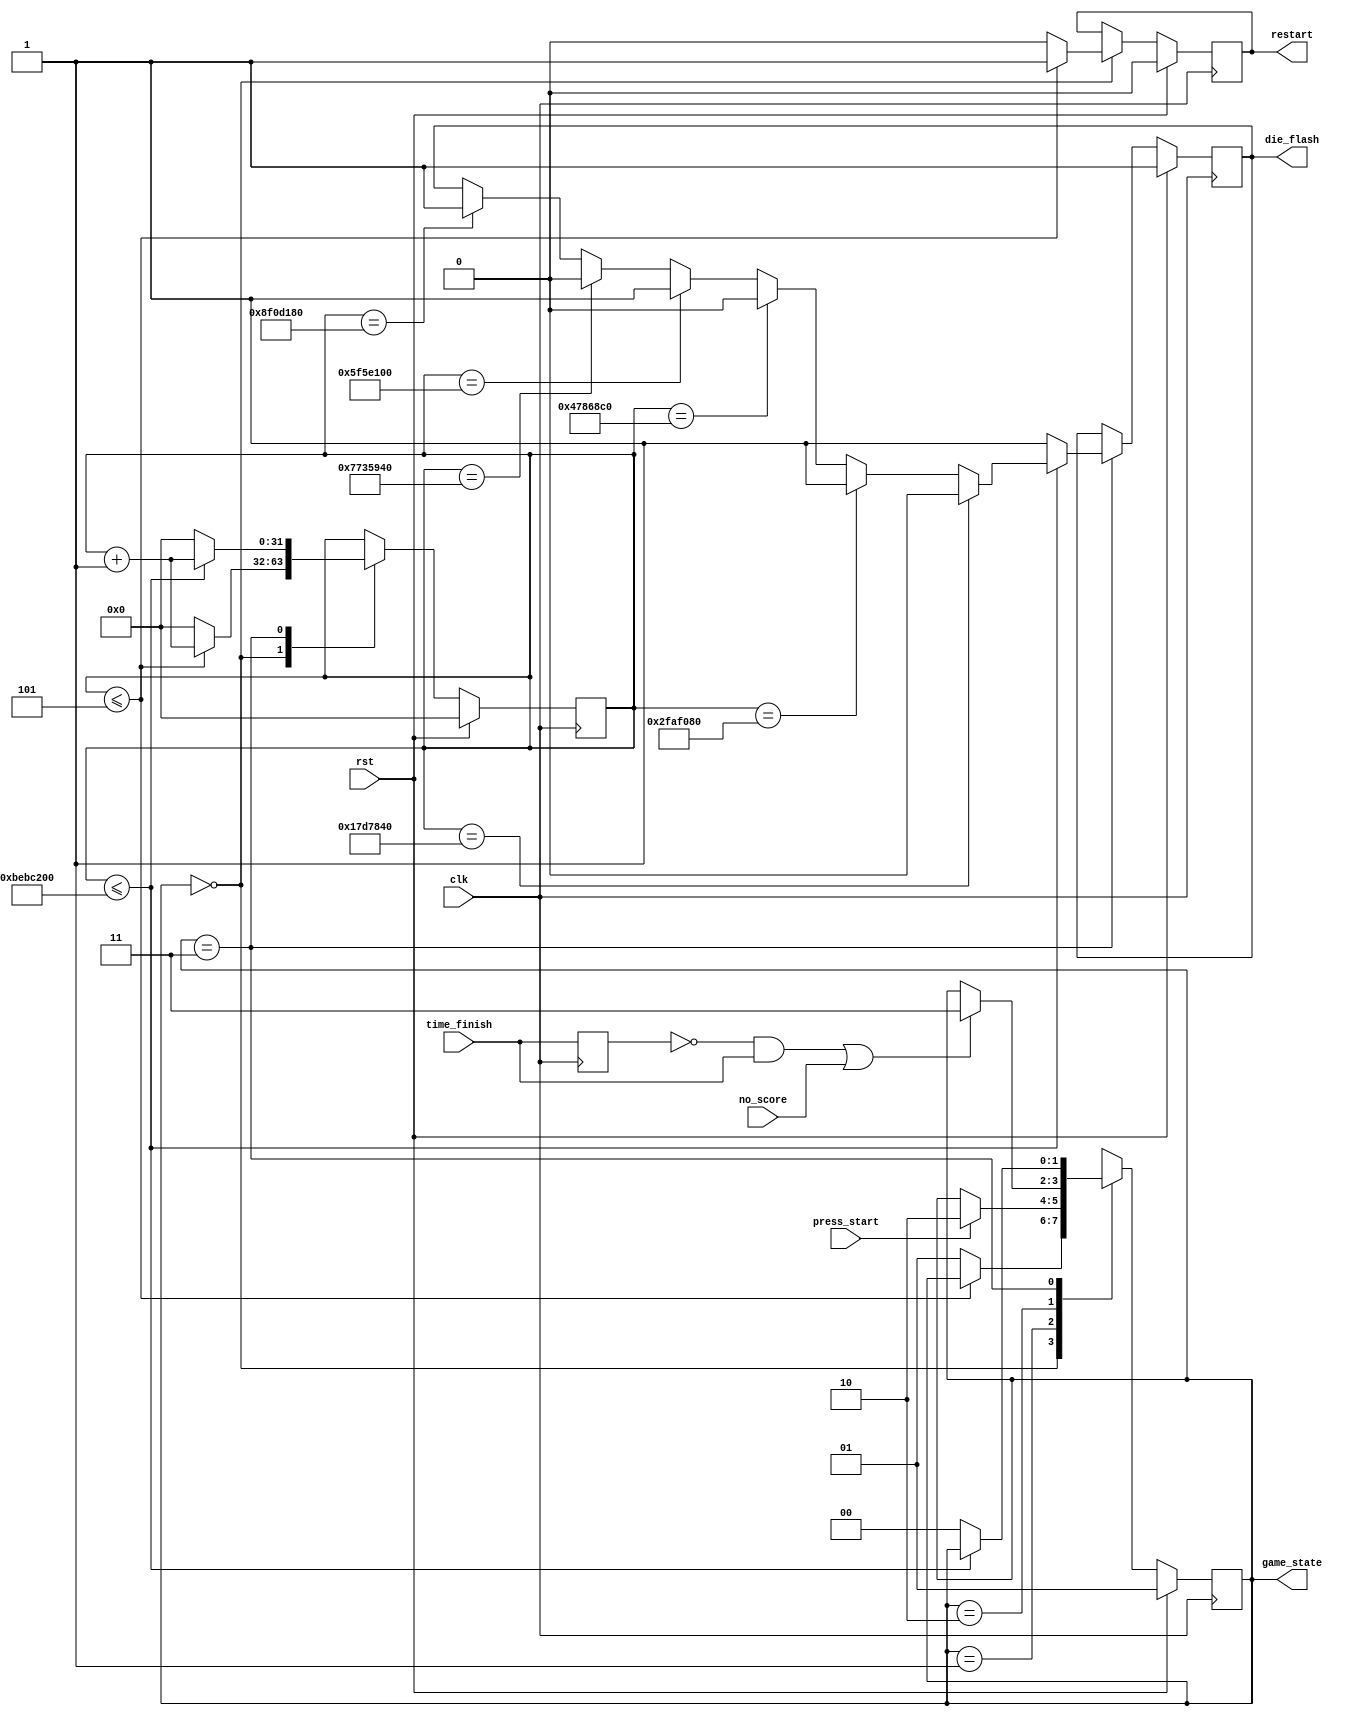
`timescale 1ns / 1ps
//////////////////////////////////////////////////////////////////////////////////
// Company: 
// Engineer: 
// 
// Design Name: 
// Module Name: State_control
// Project Name: 
// Target Devices: 
// Tool Versions: 
// Description: 
// 
// Dependencies: 
// 
// Revision:
// Revision 0.01 - File Created
// Additional Comments:
// 
//////////////////////////////////////////////////////////////////////////////////


module State_control(
    input clk,
    input rst,
    input press_start,
    input time_finish,
    input no_score,
    output reg [1:0] game_state,
    output reg die_flash,
    output reg restart
    );
    parameter RESTART = 2'b00;
    parameter START = 2'b01;
    parameter PLAY = 2'b10;
    parameter DIE = 2'b11;
    
    parameter time_flash = 200_000_000; //200_000_000 
    parameter flash_1 = 25_000_000;     //25_000_000
    parameter flash_2 = 50_000_000;     //50_000_000
    parameter flash_3 = 75_000_000;     //75_000_000
    parameter flash_4 = 100_000_000;    //100_000_000
    parameter flash_5 = 125_000_000;    //125_000_000
    parameter flash_6 = 150_000_000;    //150_000_000
    
    reg time_finish_lock;
    always @ (posedge clk)
        time_finish_lock <= time_finish;
    assign no_time = ~time_finish_lock & time_finish;
    
    reg[31:0] clk_cnt;
    always @ (posedge clk)
    begin
        if (rst)
            begin
            game_state <= START;
            clk_cnt <= 0;
            die_flash <= 1;
            restart <= 0;            
            end
        else
            begin
            case (game_state)
                RESTART:
                    begin
                    if (clk_cnt <= 5) //
                        begin
                        game_state <= game_state;
                        clk_cnt <= clk_cnt + 1;
                        restart <= 1;
                        end
                    else 
                        begin
                        game_state <= START;
                        clk_cnt <= 0;
                        restart <= 0;
                        end
                    end
                START:
                    begin
                    if (press_start)
                        game_state <= PLAY;
                    else
                        game_state <= game_state;
                    end
                PLAY:
                    begin
                    if (no_time | no_score)
                        game_state <= DIE;
                    else
                        game_state <= game_state;
                    end
                DIE:
                    begin
                    if (clk_cnt <= time_flash) //
                        begin
                            game_state <= game_state;
                            clk_cnt <= clk_cnt + 1;
                            if (clk_cnt == flash_1)
                                die_flash <= 0;
                            else if (clk_cnt == flash_2)
                                die_flash <= 1;
                            else if (clk_cnt == flash_3)
                                die_flash <= 0;
                            else if (clk_cnt == flash_4)
                                die_flash <= 1; 
                            else if (clk_cnt == flash_5)
                                die_flash <= 0;
                            else if (clk_cnt == flash_6)
                                die_flash <= 1;                          
                        end
                    else
                        begin           //
                            die_flash <= 1;
                            clk_cnt <= 0;
                            game_state <= RESTART;
                        end
                    end
                default:
                    begin           //
                        die_flash <= 1;
                        clk_cnt <= 0;
                        game_state <= RESTART;
                    end                       
            endcase            
            end            
    end
    
endmodule